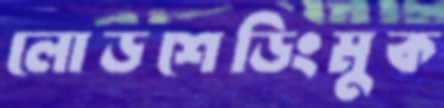
লোডশেডিংমুক